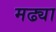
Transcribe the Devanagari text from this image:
मढ्या